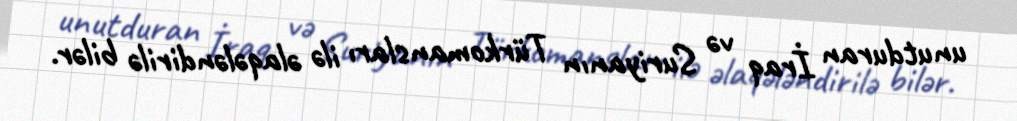
unutduran İraq və Suriyanın Türkomansları ilə əlaqələndirilə bilər.